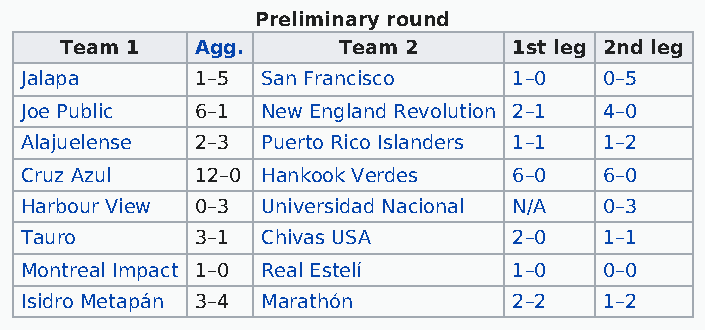
Preliminary round
 Team 1   Agg.     Team 2      1st leg 2nd leg
 Jalapa      1–5 San Francisco    1–0   0–5
 Joe Public  6–1 New England Revolution 2–1 4–0
 Alajuelense 2–3 Puerto Rico Islanders 1–1 1–2
 Cruz Azul   12–0 Hankook Verdes  6–0   6–0
 Harbour View 0–3 Universidad Nacional N/A 0–3
 Tauro       3–1 Chivas USA       2–0   1–1
 Montreal Impact 1–0 Real Estelí  1–0   0–0
 Isidro Metapán 3–4 Marathón      2–2   1–2